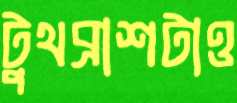
টুথব্রাশটাও